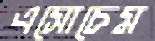
এসোচেম